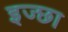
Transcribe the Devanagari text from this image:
इज्छा